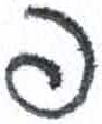
אות: פ